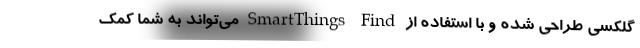
گلکسی طراحی شده و با استفاده از SmartThings Find می‌تواند به شما کمک